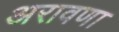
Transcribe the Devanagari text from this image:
अरावणा